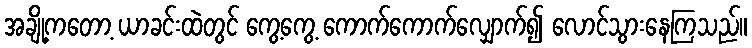
အချို့ကတော့ ယာခင်းထဲတွင် ကွေ့ကွေ့ ကောက်ကောက်လျှောက်၍ လောင်သွားနေကြသည်။